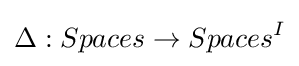
\Delta :Spaces\to Spaces^{I}